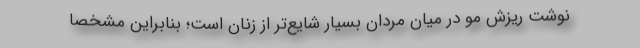
نوشت ریزش مو در میان مردان بسیار شایع‌تر از زنان است؛ بنابراین مشخصا